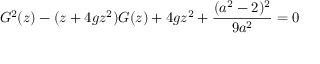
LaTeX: G ^ { 2 } ( z ) - ( z + 4 g z ^ { 2 } ) G ( z ) + 4 g z ^ { 2 } + { \frac { ( a ^ { 2 } - 2 ) ^ { 2 } } { 9 a ^ { 2 } } } = 0